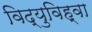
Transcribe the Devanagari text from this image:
विद्युविह्वा